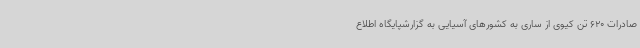
صادرات 620 تن کیوی از ساری به کشورهای آسیایی به گزارشپایگاه اطلاع